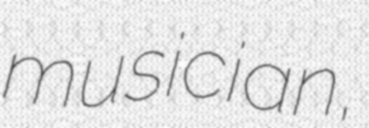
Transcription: musician,